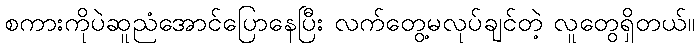
စကားကိုပဲဆူညံအောင်ပြောနေပြီး လက်တွေ့မလုပ်ချင်တဲ့ လူတွေရှိတယ်။